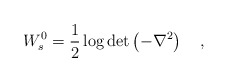
\begin{align*}W_s^0=\frac 12\log\det\left(-\nabla^2\right)~~~,\end{align*}